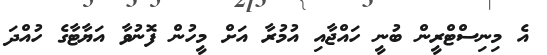
އެ މިނިސްޓްރީން ބުނީ ހައްޖާއި އުމުރާ އަށް މީހުން ފޮނުވާ އަޔާޓާގެ ހުއްދަ